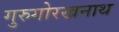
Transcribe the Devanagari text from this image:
गुरुगोरखनाथ